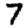
Digit: 7